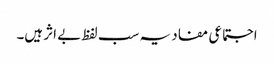
اجتماعی مفاد یہ سب لفظ بے اثر ہیں۔